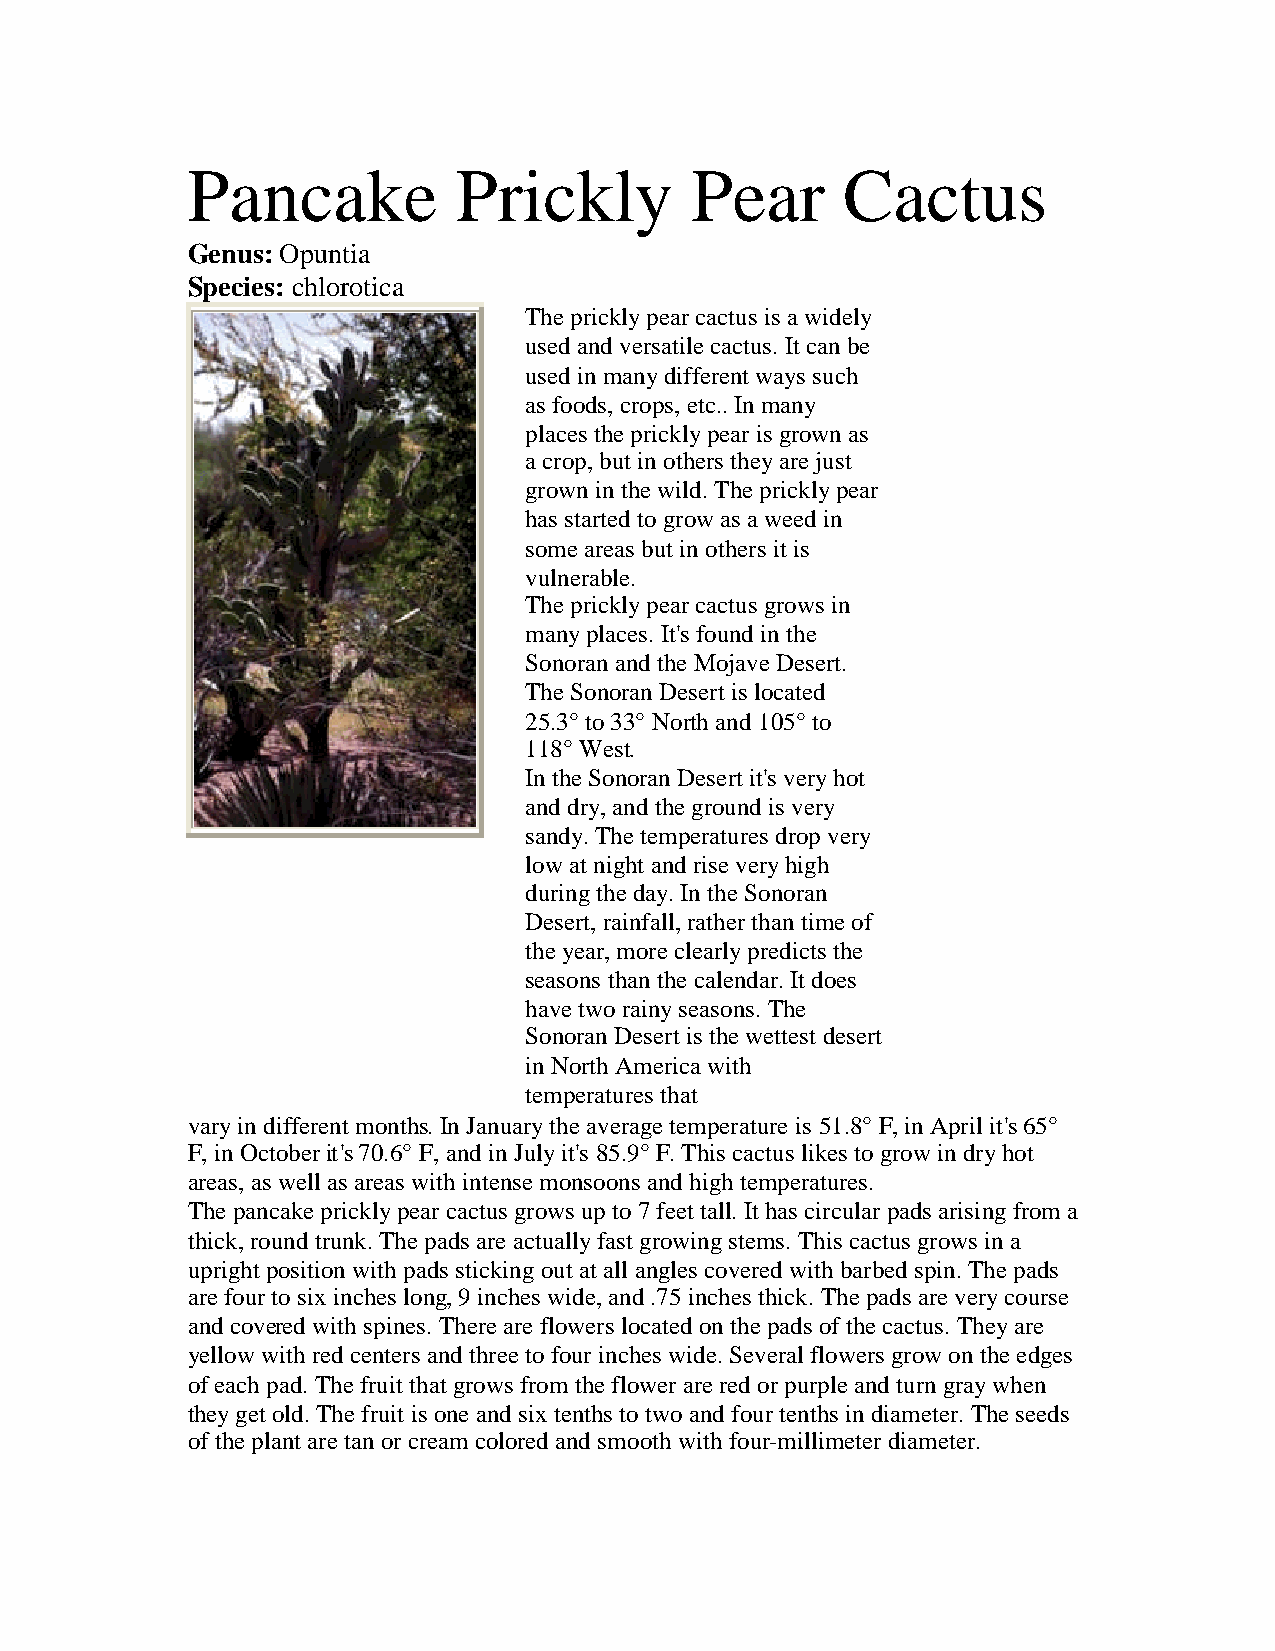
Pancake           Prickly         Pear      Cactus
 Genus:Opuntia
 Species: chlorotica
 Thepricklypearcactus is awidely
 usedandversatilecactus. It canbe
 usedinmanydifferent ways such
 as foods, crops, etc..Inmany
 places thepricklypearis grownas
 acrop,but inothers theyarejust
 growninthewild.Thepricklypear
 has startedtogrowas aweedin
 someareas but inothers it is
 vulnerable.
 Thepricklypearcactus grows in
 manyplaces. It's foundinthe
 SonoranandtheMojaveDesert.
 TheSonoranDesert is located
 25.3° to33° Northand 105° to
 118° West.
 IntheSonoranDesert it's veryhot
 anddry,andthegroundis very
 sandy.Thetemperatures dropvery
 lowat night andriseveryhigh
 duringtheday.IntheSonoran
 Desert,rainfall,ratherthantimeof
 theyear,moreclearlypredicts the
 seasons thanthecalendar.It does
 havetworainyseasons.The
 SonoranDesert is thewettest desert
 inNorthAmericawith
 temperatures that
 varyindifferent months.InJanuarytheaveragetemperatureis 51.8° F,inApril it's65°
 F,inOctoberit's70.6° F,andinJulyit's 85.9° F.This cactus likes togrowindryhot
 areas, as well as areas withintensemonsoons andhightemperatures.
 Thepancakepricklypearcactus grows upto7feet tall.It has circularpads arisingfrom a
 thick,roundtrunk.Thepads areactuallyfast growingstems. This cactus grows ina
 upright positionwithpads stickingout at all angles coveredwithbarbedspin.Thepads
 arefourtosix inches long,9inches wide,and.75inches thick.Thepads areverycourse
 andcoveredwithspines. Thereareflowers locatedonthepads ofthecactus. Theyare
 yellowwithredcenters andthreetofourinches wide.Several flowers growontheedges
 ofeachpad.Thefruit that grows from theflowerareredorpurpleandturngraywhen
 theyget old.Thefruit is oneandsix tenths totwoandfourtenths indiameter.Theseeds
 oftheplant aretanorcream coloredandsmoothwithfour-millimeterdiameter.